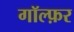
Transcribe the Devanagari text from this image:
गॉल्फ़र